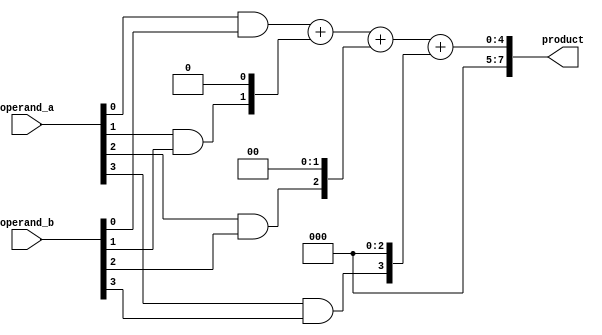
module baugh_wooley_multiplier(
    input [3:0] operand_a,
    input [3:0] operand_b,
    output reg [7:0] product
);

reg [7:0] partial_products [3:0];
reg [7:0] shifted_products [3:0];
reg [7:0] final_product;

// Partial products computation
always @(*)
begin
    partial_products[0] = operand_a[0] & operand_b[0];
    partial_products[1] = operand_a[1] & operand_b[1];
    partial_products[2] = operand_a[2] & operand_b[2];
    partial_products[3] = operand_a[3] & operand_b[3];
end

// Shifting and storing partial products in shift registers
always @(*)
begin
    shifted_products[0] = partial_products[0] << 0;
    shifted_products[1] = partial_products[1] << 1;
    shifted_products[2] = partial_products[2] << 2;
    shifted_products[3] = partial_products[3] << 3;
end

// Final product computation
always @(*)
begin
    final_product = shifted_products[0] + shifted_products[1] + shifted_products[2] + shifted_products[3];
end

assign product = final_product;

endmodule